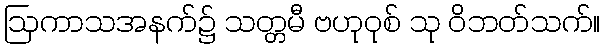
ဩကာသအနက်၌ သတ္တမီ ဗဟုဝုစ် သု ဝိဘတ်သက်။